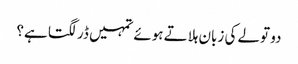
دو تولے کی زبان ہلاتے ہوئے تمہیں ڈر لگتا ہے؟